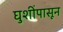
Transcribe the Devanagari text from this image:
घुशींपासून